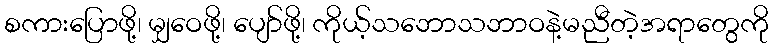
စကားပြောဖို့၊ မျှဝေဖို့၊ ပျော်ဖို့၊ ကိုယ့်သဘောသဘာဝနဲ့မညီတဲ့အရာတွေကို